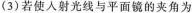
(3)若使人射光线与平面镜的夹角为